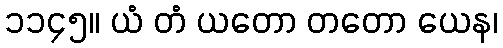
၁၁၄၅။ ယံ တံ ယတော တတော ယေန၊